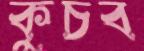
কুচব